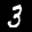
Label: 3